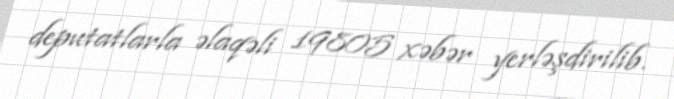
deputatlarla əlaqəli 19805 xəbər yerləşdirilib.